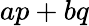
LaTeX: ap+bq